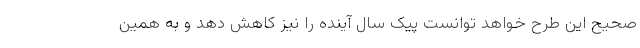
صحیح این طرح خواهد توانست پیک سال آینده را نیز کاهش دهد و به همین